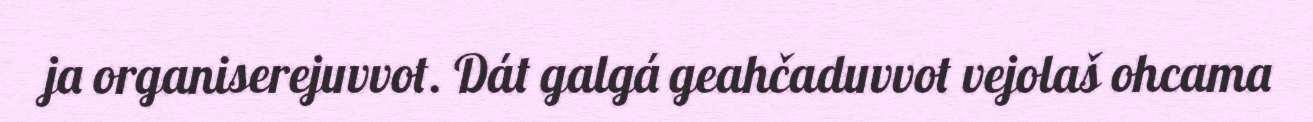
ja organiserejuvvot. Dát galgá geahčaduvvot vejolaš ohcama